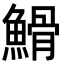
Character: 䱻